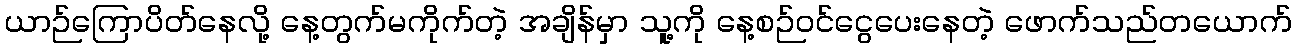
ယာဉ်ကြောပိတ်နေလို့ နေ့တွက်မကိုက်တဲ့ အချိန်မှာ သူ့ကို နေ့စဉ်ဝင်ငွေပေးနေတဲ့ ဖောက်သည်တယောက်